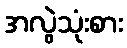
အလွဲသုံးစား